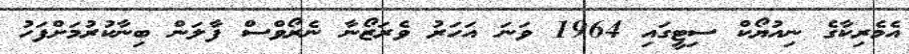
އެމެރިކާގެ ނިއުޔޯކް ސިޓީގައި 1964 ވަނަ އަހަރު ވެރަޒޯނާ ނެރޯވްސް ފާލަން ބިނާކުރުމަށްފަހު